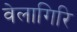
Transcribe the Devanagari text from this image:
वेलागिरि